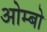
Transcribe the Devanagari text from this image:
ओम्बो